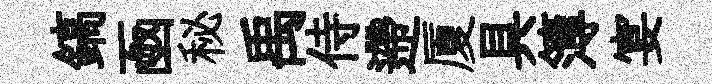
鎬凾秘禹侍遰厦具簿宴